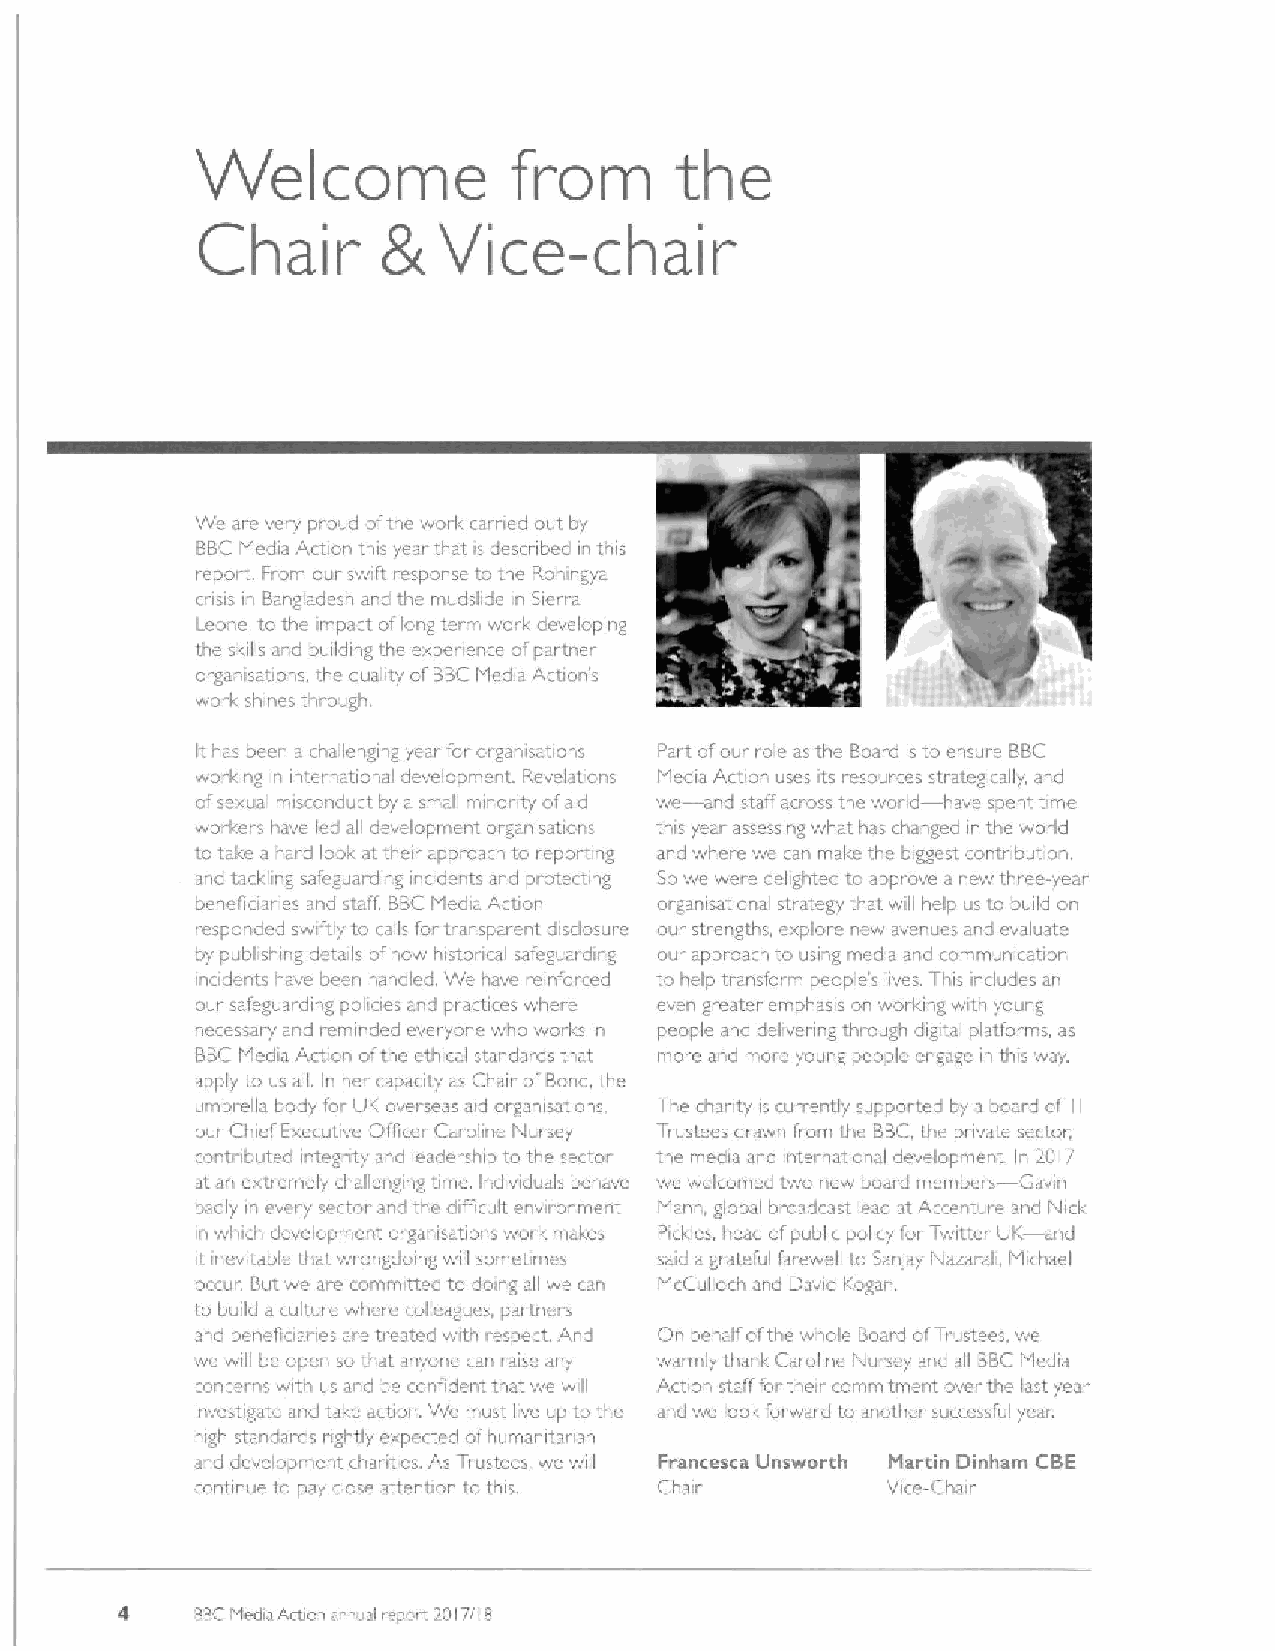
Welcome              from       the
 5
 Chair           Vice-chair
 We are very proud ofthe work earned our by
 BBCMledia Action this year that is describecl in this
 report. Piom our swifi respo se to the Rohi gya
 crisis i~ Bangladesh and the muds! de in Sierra
 Leone ro the impact oflong term worl& developing
 the kills and building the experience ofpartner
 organisations, rhc quality ofBBCMedia Action's
 work shines thr ough.
 It has been a challe ging year for organisations Part ofour role as the Board is to ensure BBC
 working in intei-national development. Revelal ons Media Action uses its resources strategically, and
 ofsexual misconduct by a small minority ofaid we and staff across the world have spent time
 workers have led all development organisatior. this year assessing what has changed in the world
 to take a hard look at their approach to reporting and where we can make thc biggest contribution.
 and tackling safeguarding incidents and protecting Sowe were delighted to approve a new three-year
 benefioanes and staff. BBCMedi~ Action organisationai strategy that will help us to build on
 esponded swiftly to calls for transparent disclosure our strengths, exploie new avenue and evaluate
 i
 by publishing details ofhow histoncal safeguarding our approach to using media and communication
 inadents have been handled. We have ieinforced to help transfoirm people's lives. This includes an
 our safeguarding poliaes and practices where even greater emphasis on working with young
 necessary and reminded everyone who works in people and delivering through digital platforms, as
 BBCMedia Action ofthe ethica standards that more and more young people engage in this way.
 apply to us all. In her capacity as Chair ofBond, the
 umbrella body for LIK overseas aid organisations, The chanty is currently supported by a board of II
 oui Chier Executive Officer Caroline Nursey Trustees drawn trom the BBC.the private sector,
 conti ibuted»itegrity and leadership to the sector the media and inter national development ~ 2I?17
 I
 a'I an extremely challenging time. Ir.dividuals behave we welcomed two new board members Gavin
 badly in every sector and the difficult environment Mann, global broadcast lead at Accenture an—d Nick
 in wl'»ch development organisations wor i.malces Piclsles, head ofpublic policy for Twitter UK and
 it inevitable that wrongdoing will sometimes said a grateful farewell to Saniay Nazarali, Michael
 occur. But we are committed to doing all we can McCulloch and Dawd Kogan
 to build a cultur cwhere colleagues, partners
 arid benefioanes are treated with respect And On belialf ofthe wliole Board ofTrustees, we
 we will be open so that anyone* can raise any warmly thank Caroline Nursey and all BBCMedia
 concerns with ~s and be confident that we will Action staff for their commitment over the last year
 investigate and tal&e artion. We must live up to the and we look forward to anothei sucressful year.
 high standards rightly expected ofhumanitarian
 and clevelopment charities. As Trustees, we will Francesca Unsworth Martin Dinham CBE
 continue to pay close attention to this Chair Vice-Chair
 4    IsBChtediaActio» annual ieport?F?I7/18